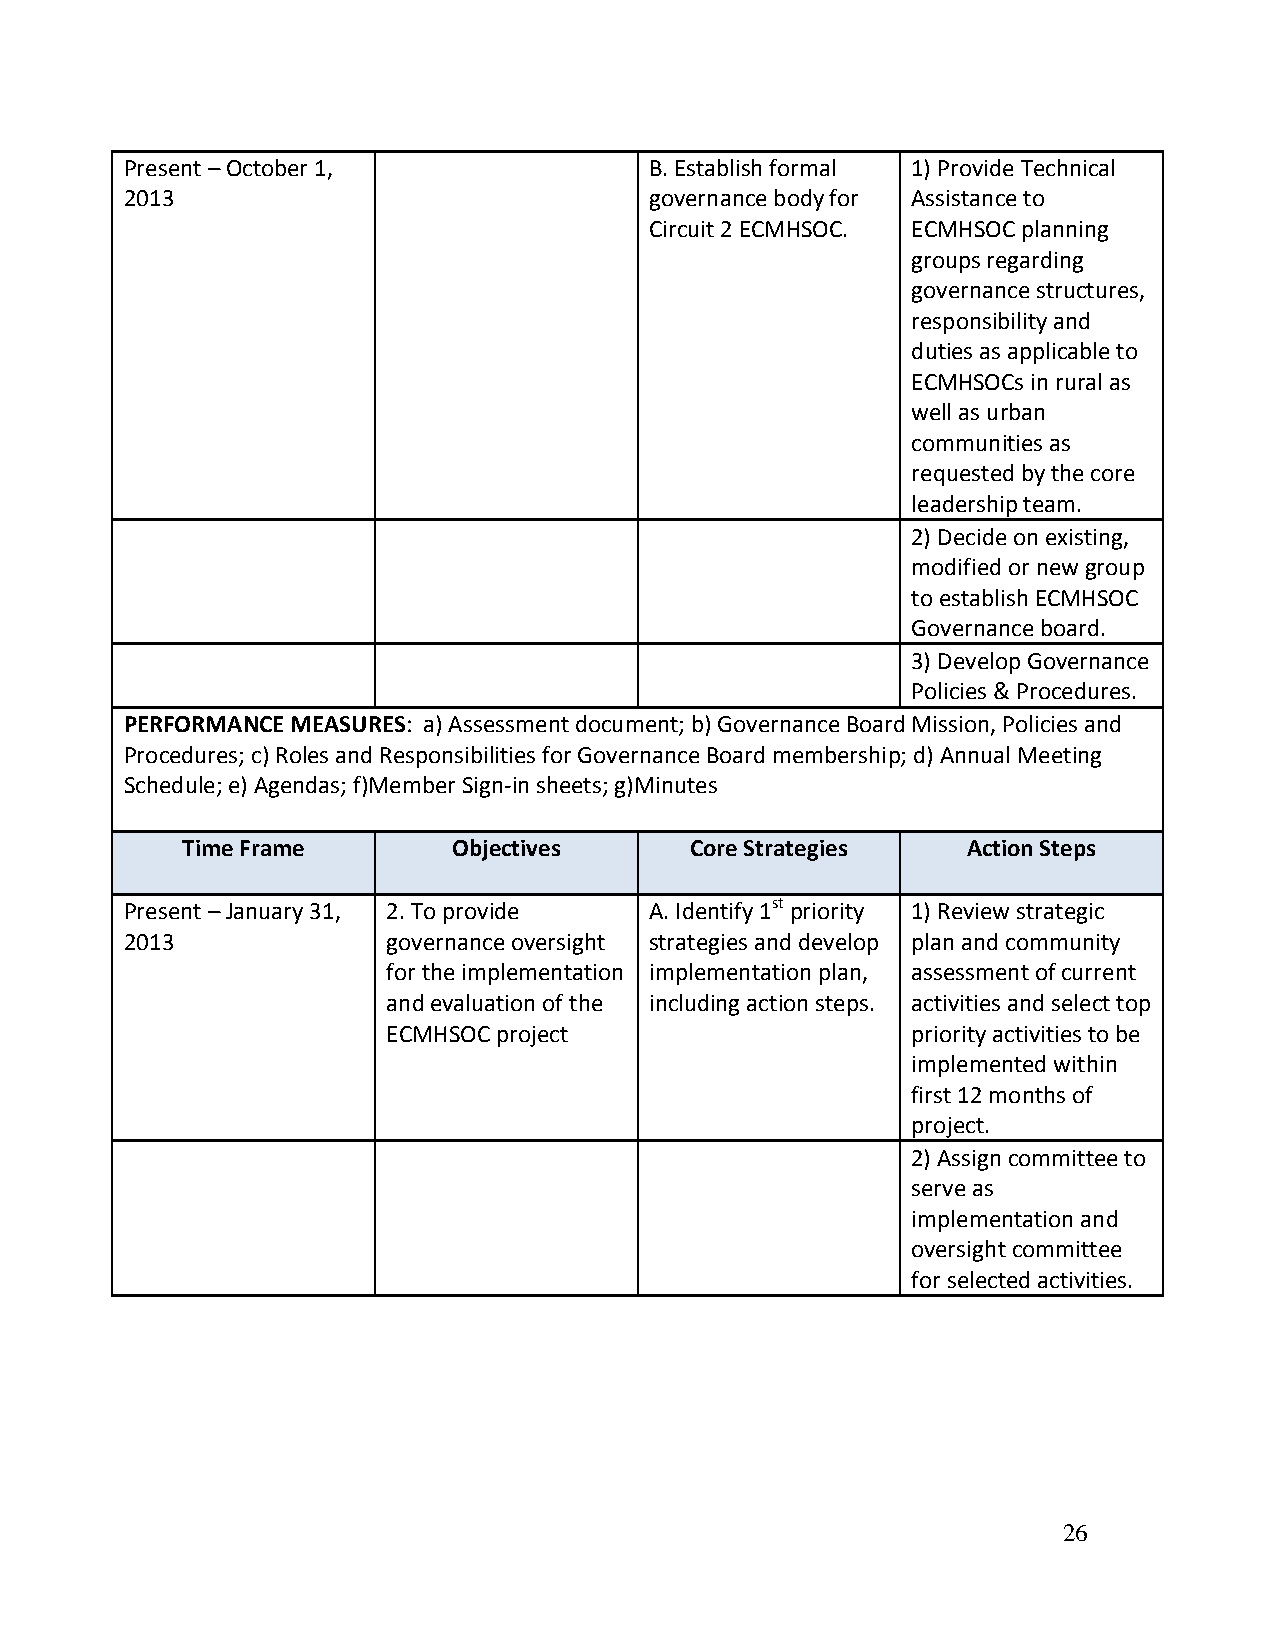
Present – October 1,               B. Establish formal 1) Provide Technical
 2013                               governance body for Assistance to
 Circuit 2 ECMHSOC. ECMHSOC planning
 groups regarding
 governance structures,
 responsibility and
 duties as applicable to
 ECMHSOCs in rural as
 well as urban
 communities as
 requested by the core
 leadership team.
 2) Decide on existing,
 modified or new group
 to establish ECMHSOC
 Governance board.
 3) Develop Governance
 Policies & Procedures.
 PERFORMANCE MEASURES: a) Assessment document; b) Governance Board Mission, Policies and
 Procedures; c) Roles and Responsibilities for Governance Board membership; d) Annual Meeting
 Schedule; e) Agendas; f)Member Sign-in sheets; g)Minutes
 Time Frame        Objectives      Core Strategies   Action Steps
 Present – January 31, 2. To provide A. Identify 1st priority 1) Review strategic
 2013              governance oversight strategies and develop plan and community
 for the implementation implementation plan, assessment of current
 and evaluation of the including action steps. activities and select top
 ECMHSOC project                   priority activities to be
 implemented within
 first 12 months of
 project.
 2) Assign committee to
 serve as
 implementation and
 oversight committee
 for selected activities.
 26